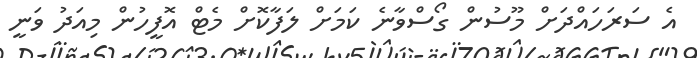
އެ ސަރަހައްދަށް މޫސުން ގޯސްވާނެ ކަމަށް ލަފާކޮށް މެޓް އޮފީހުން މިއަދު ވަނީ